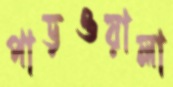
পাড়ওয়ালা